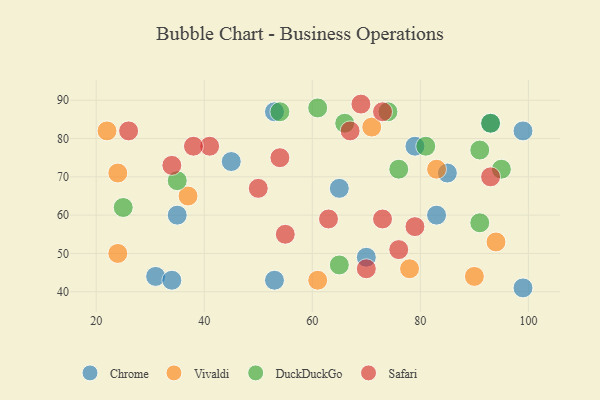
{"axis": {"x": "GDP", "y": "Life Expectancy"}, "legend": ["Chrome", "DuckDuckGo", "Safari", "Vivaldi"], "data": [{"x": "35", "y": 60, "type": "Chrome"}, {"x": "45", "y": 74, "type": "Chrome"}, {"x": "93", "y": 84, "type": "Chrome"}, {"x": "31", "y": 44, "type": "Chrome"}, {"x": "65", "y": 67, "type": "Chrome"}, {"x": "53", "y": 43, "type": "Chrome"}, {"x": "99", "y": 82, "type": "Chrome"}, {"x": "83", "y": 60, "type": "Chrome"}, {"x": "79", "y": 78, "type": "Chrome"}, {"x": "34", "y": 43, "type": "Chrome"}, {"x": "53", "y": 87, "type": "Chrome"}, {"x": "70", "y": 49, "type": "Chrome"}, {"x": "85", "y": 71, "type": "Chrome"}, {"x": "99", "y": 41, "type": "Chrome"}, {"x": "78", "y": 46, "type": "Vivaldi"}, {"x": "22", "y": 82, "type": "Vivaldi"}, {"x": "71", "y": 83, "type": "Vivaldi"}, {"x": "61", "y": 43, "type": "Vivaldi"}, {"x": "90", "y": 44, "type": "Vivaldi"}, {"x": "24", "y": 71, "type": "Vivaldi"}, {"x": "24", "y": 50, "type": "Vivaldi"}, {"x": "83", "y": 72, "type": "Vivaldi"}, {"x": "37", "y": 65, "type": "Vivaldi"}, {"x": "94", "y": 53, "type": "Vivaldi"}, {"x": "74", "y": 87, "type": "DuckDuckGo"}, {"x": "91", "y": 77, "type": "DuckDuckGo"}, {"x": "76", "y": 72, "type": "DuckDuckGo"}, {"x": "95", "y": 72, "type": "DuckDuckGo"}, {"x": "93", "y": 84, "type": "DuckDuckGo"}, {"x": "35", "y": 69, "type": "DuckDuckGo"}, {"x": "66", "y": 84, "type": "DuckDuckGo"}, {"x": "91", "y": 58, "type": "DuckDuckGo"}, {"x": "61", "y": 88, "type": "DuckDuckGo"}, {"x": "81", "y": 78, "type": "DuckDuckGo"}, {"x": "65", "y": 47, "type": "DuckDuckGo"}, {"x": "25", "y": 62, "type": "DuckDuckGo"}, {"x": "54", "y": 87, "type": "DuckDuckGo"}, {"x": "79", "y": 57, "type": "Safari"}, {"x": "70", "y": 46, "type": "Safari"}, {"x": "76", "y": 51, "type": "Safari"}, {"x": "73", "y": 59, "type": "Safari"}, {"x": "67", "y": 82, "type": "Safari"}, {"x": "50", "y": 67, "type": "Safari"}, {"x": "26", "y": 82, "type": "Safari"}, {"x": "63", "y": 59, "type": "Safari"}, {"x": "73", "y": 87, "type": "Safari"}, {"x": "41", "y": 78, "type": "Safari"}, {"x": "69", "y": 89, "type": "Safari"}, {"x": "38", "y": 78, "type": "Safari"}, {"x": "93", "y": 70, "type": "Safari"}, {"x": "34", "y": 73, "type": "Safari"}, {"x": "54", "y": 75, "type": "Safari"}, {"x": "55", "y": 55, "type": "Safari"}]}